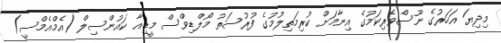
މިދިޔަ އަހަރުގެ ނޫސްވެރިކަމުގެ އިނާމަށް ކުރިމަތިލުމުގެ ފުރުސަތު މޯލްޑިވްސް މީޑިއާ ކައުންސިލް (އެމްއެމްސީ)